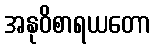
အနုဝိစာရယတော